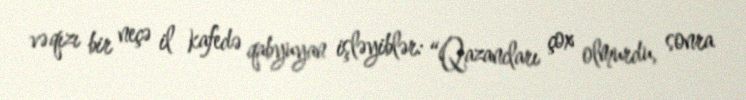
və qızı bir neçə il kafedə qabyuyan işləyiblər: “Qazancları çox olmurdu, sonra